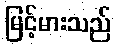
မြင့်မားသည်